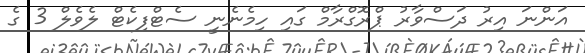
އަންނަ އިރު ދަސްވާރު ޕްރޮގްރާމް ގައި ހިމެނެނީ ސެޓްފިކެޓް ލެވެލް 3 ގެ